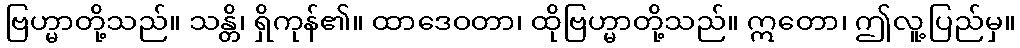
ဗြဟ္မာတို့သည်။ သန္တိ၊ ရှိကုန်၏။ ထာဒေဝတာ၊ ထိုဗြဟ္မာတို့သည်။ ဣတော၊ ဤလူ့ပြည်မှ။